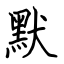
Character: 默